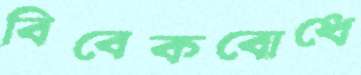
বিবেকবোধে